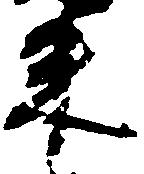
束